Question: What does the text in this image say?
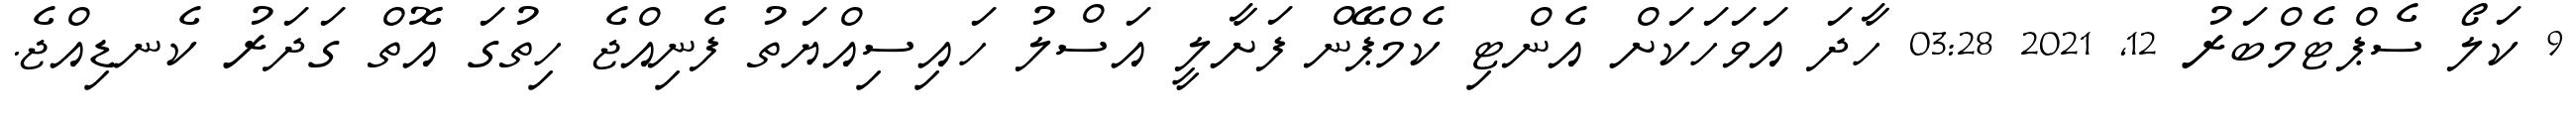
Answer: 9 ކަލޯ ސެޕްޓެމްބަރު 12, 2021 03:28 ހާދަ އަވަހަކަށް އެންޓި ކެމްޕޭން ފަށާލީ އަސްލު ހައިސިއްޔަތު ފެނިއްޖެ ހިތުގަ އޮތް ގަދަރު ކެނޑިއްޖެ.